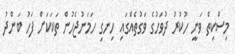
މިސްކިތް ވަނީ ހުކުރު ދުވަހުގެ ވަގުތެއްގައި ހިނގި ހަމަނުޖެހުން ތަކަކަށް ފަހު ބަންދު